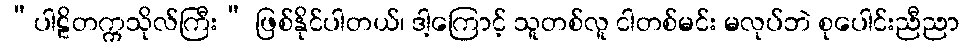
“ပါဠိတက္ကသိုလ်ကြီး” ဖြစ်နိုင်ပါတယ်၊ ဒါ့ကြောင့် သူတစ်လူ ငါတစ်မင်း မလုပ်ဘဲ စုပေါင်းညီညာ